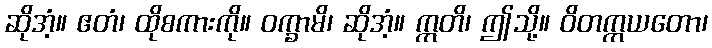
ဆိုအံ့။ ဧတံ၊ ထိုစကားကို။ ဝက္ခာမိ၊ ဆိုအံ့။ ဣတိ၊ ဤသို့။ ဝိတက္ကယတော၊